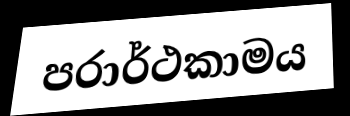
පරාර්ථකාමය